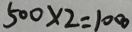
5 0 0 \times 2 = 1 0 0 0